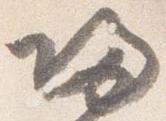
帰